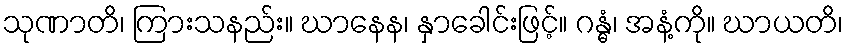
သုဏာတိ၊ ကြားသနည်း။ ဃာနေန၊ နှာခေါင်းဖြင့်။ ဂန္ဓံ၊ အနံ့ကို။ ဃာယတိ၊